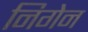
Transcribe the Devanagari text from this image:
निगेन